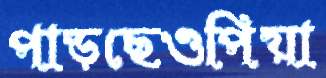
পাড়ছেওপিয়া